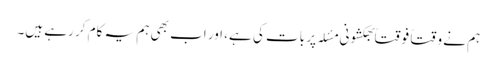
ہم نے وقتاً فوقتاً بھکشونی مسٔلہ پر بات کی ہے، اور اب بھی ہم یہ کام کر رہے ہیں۔